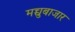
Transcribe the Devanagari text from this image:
मच्चुबाजार